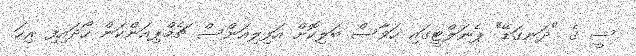
ސީ ގެ "ދަނގަޑޭ" ޕެނަލްޓީގައި ހަވާސް ބަލިކޮށް އަފިލިއަންސް ޗެމްޕިއަންކަން ހޯދައިފި ރިހަ